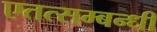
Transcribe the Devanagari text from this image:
एतत्सम्बन्धी